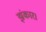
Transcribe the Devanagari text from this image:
झंकार।